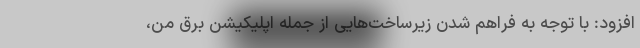
افزود: با توجه به فراهم شدن زیرساخت‌هایی از جمله اپلیکیشن برق من،